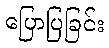
ပြောပြခြင်း